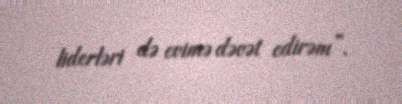
liderləri də evimə dəvət edirəm”.